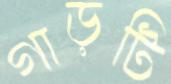
গাড়টি